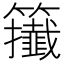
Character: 𥷪